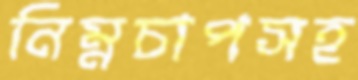
নিম্নচাপসহ